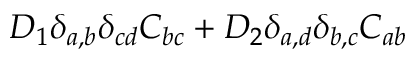
D _ { 1 } \delta _ { a , b } \delta _ { c d } C _ { b c } + D _ { 2 } \delta _ { a , d } \delta _ { b , c } C _ { a b }